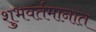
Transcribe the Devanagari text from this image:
शुभवर्तमानात